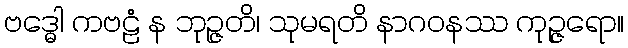
ဗဒ္ဓေါ ကဗဠံ န ဘုဉ္ဇတိ၊ သုမရတိ နာဂဝနဿ ကုဉ္ဇရော။